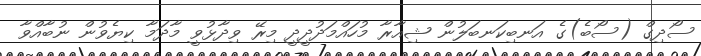
ސޯދިގް (ސޯބެ)ގެ އަނބިކަނބަލުން ޝިއާރާ މުހައްމަދުދީދީ މިރޭ ވިދާޅުވީ މާދަމާ ކިޔެވުން ނުބާއްވާ